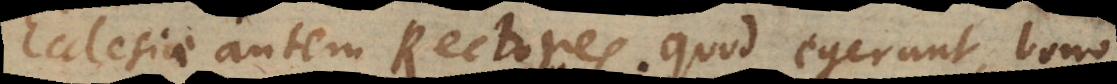
cclesiae autem Rectores, quod egerunt, bono